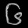
Digit: ၆